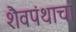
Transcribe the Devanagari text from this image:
शैवपंथाचा